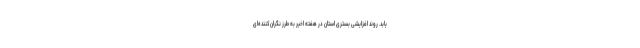
یابد. روند افزایشی بستری استان در هفته اخیر به طرز نگران‌کننده‌ای